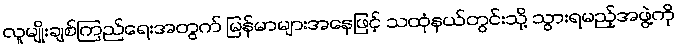
လူမျိုးချစ်ကြည်ရေးအတွက် မြန်မာများအနေဖြင့် သထုံနယ်တွင်းသို့ သွားရမည့်အဖွဲ့ကို